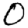
Digit: 0